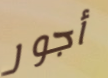
أجور